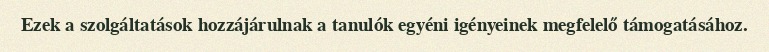
Ezek a szolgáltatások hozzájárulnak a tanulók egyéni igényeinek megfelelő támogatásához.